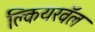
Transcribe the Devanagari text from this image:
क्लियरवॅल